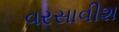
વરસાવીશ